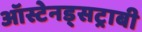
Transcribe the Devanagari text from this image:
ऑस्टेनड्सट्राबी